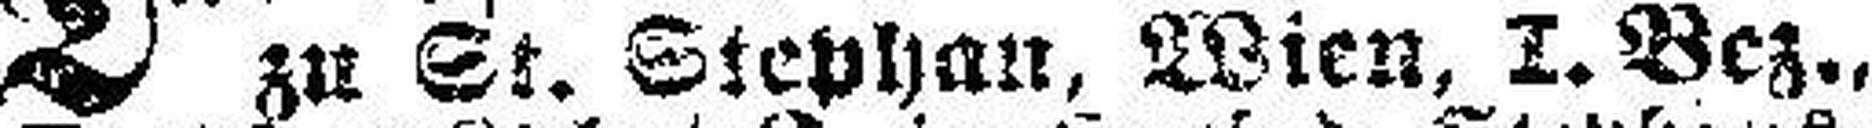
zu St. Stephan, Wien, I. Bez.,